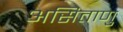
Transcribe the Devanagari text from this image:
असिताणु